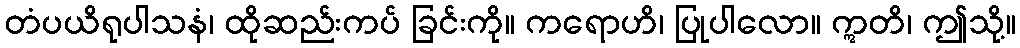
တံပယိရုပါသနံ၊ ထိုဆည်းကပ် ခြင်းကို။ ကရောဟိ၊ ပြုပါလော။ ဣတိ၊ ဤသို့။